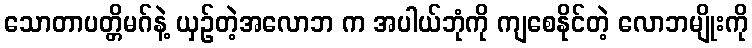
သောတာပတ္တိမဂ်နဲ့ ယှဉ်တဲ့အလောဘ က အပါယ်ဘုံကို ကျစေနိုင်တဲ့ လောဘမျိုးကို